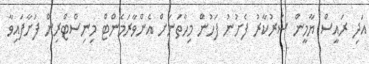
އަދި ރައީސް ޔާމީން ސަރުކާރު ފެށުނު ފަހުން މިހާތަނަށް އެންވާރަމެންޓް މިނިސްޓްރިން ފަށާފައިވާ